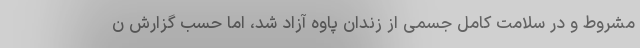
مشروط و در سلامت کامل جسمی از زندان پاوه آزاد شد، اما حسب گزارش ن